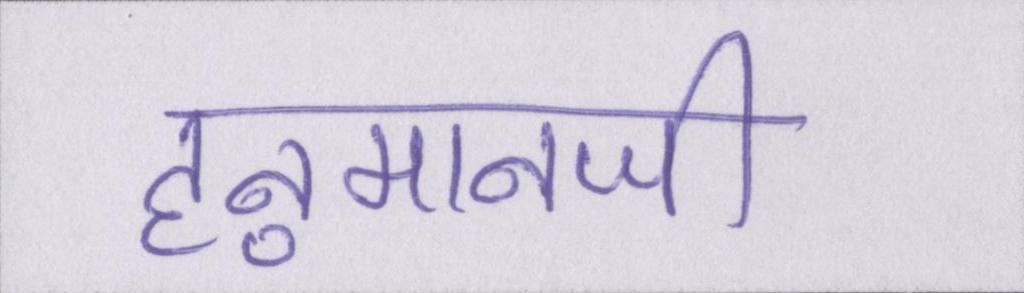
हनुमानजी